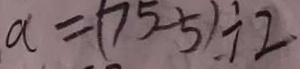
a = ( 7 5 - 5 ) \div 2